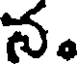
న.